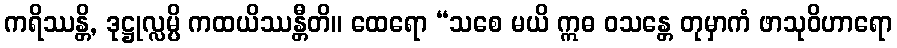
ကရိဿန္တိ, ဒုဋ္ဌုလ္လမ္ပိ ကထယိဿန္တီတိ။ ထေရော “သစေ မယိ ဣဓ ဝသန္တေ တုမှာကံ ဖာသုဝိဟာရော